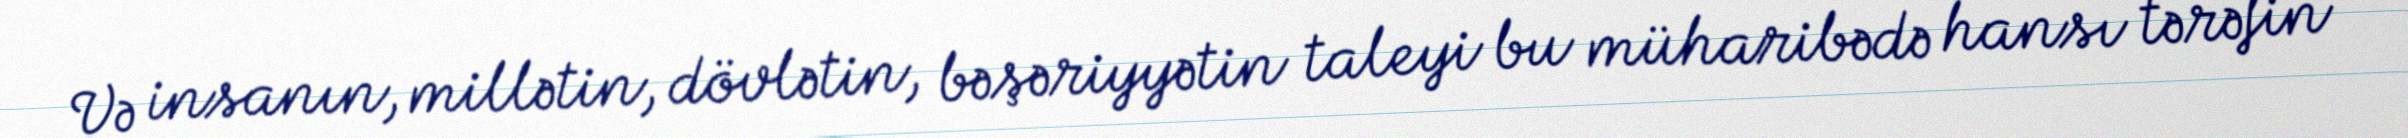
Və insanın, millətin, dövlətin, bəşəriyyətin taleyi bu müharibədə hansı tərəfin